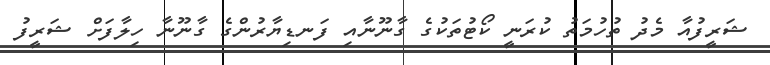
ޝަރީފުއާ މެދު ތުހުމަތު ކުރަނީ ކޯޓުތަކުގެ ގާނޫނާއި ފަނޑިޔާރުންގެ ގާނޫނާ ހިލާފަށް ޝަރީފު